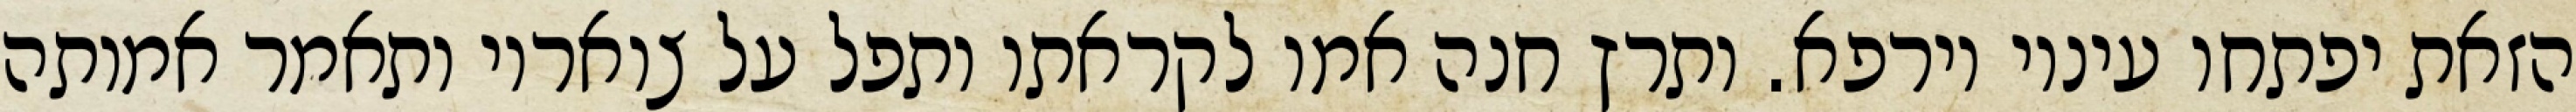
הזאת יפתחו עיניו וירפא. ותרץ חנה אמו לקראתו ותפל על צואריו ותאמר אמותה